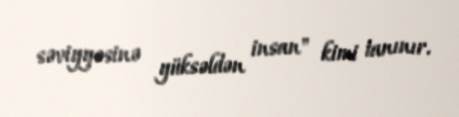
səviyyəsinə yüksəldən insan" kimi tanınır.